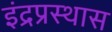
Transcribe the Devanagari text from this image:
इंद्रप्रस्थास